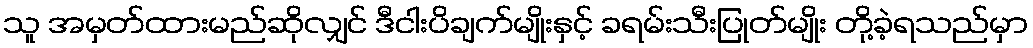
သူ အမှတ်ထားမည်ဆိုလျှင် ဒီငါးပိချက်မျိုးနှင့် ခရမ်းသီးပြုတ်မျိုး တို့ခဲ့ရသည်မှာ